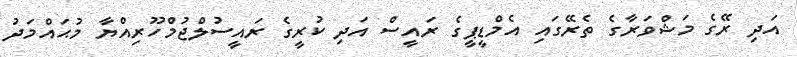
އަދި ރޭގެ މަޝްވަރާގެ ތެރޭގައި އެމްޑީޕީގެ ރައީސް އަދި ކުރީގެ ރައީސުލްޖުމްހޫރިއްޔާ މުޙައްމަދު